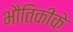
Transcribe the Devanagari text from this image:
भौतिकीके